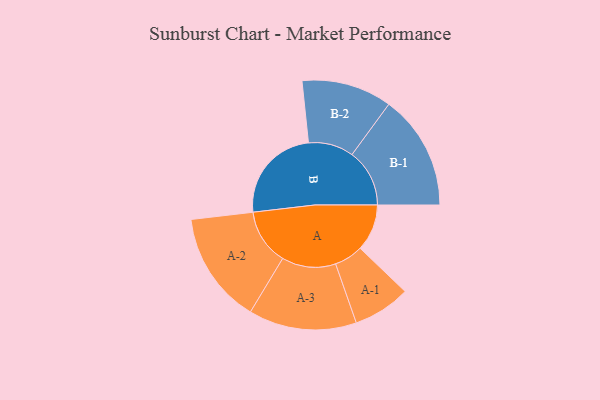
{"axis": {"x": "Segment", "y": "Value"}, "legend": ["", "A", "B"], "data": [{"x": "A", "y": 197, "type": ""}, {"x": "B", "y": 408, "type": ""}, {"x": "A-1", "y": 121, "type": "A"}, {"x": "A-2", "y": 235, "type": "A"}, {"x": "A-3", "y": 227, "type": "A"}, {"x": "B-1", "y": 242, "type": "B"}, {"x": "B-2", "y": 190, "type": "B"}]}